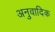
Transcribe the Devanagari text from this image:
अनुवादिक